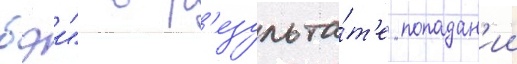
бэи" в р'езульта́т'е попадан'ии